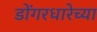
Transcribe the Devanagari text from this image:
डोंगरधारेच्या